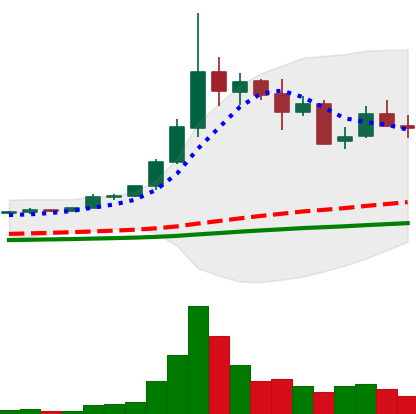
Ticker: ETC-USD
Chart end date: 2021-05-16
Forward return: -31.714%
Label: down_7plus